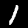
Digit: 1